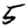
Digit: 5